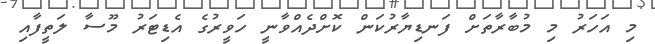
މި އަހަރު މި މުބާރާތަށް ފަނޑިޔާރުކަން ކޮށްދެއްވާނީ ހަވީރުގެ އެޑިޓަރު މޫސާ ލަތީފާއި